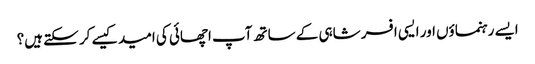
ایسے رہنماؤں اور ایسی افسر شاہی کے ساتھ آپ اچھائی کی امید کیسے کر سکتے ہیں؟